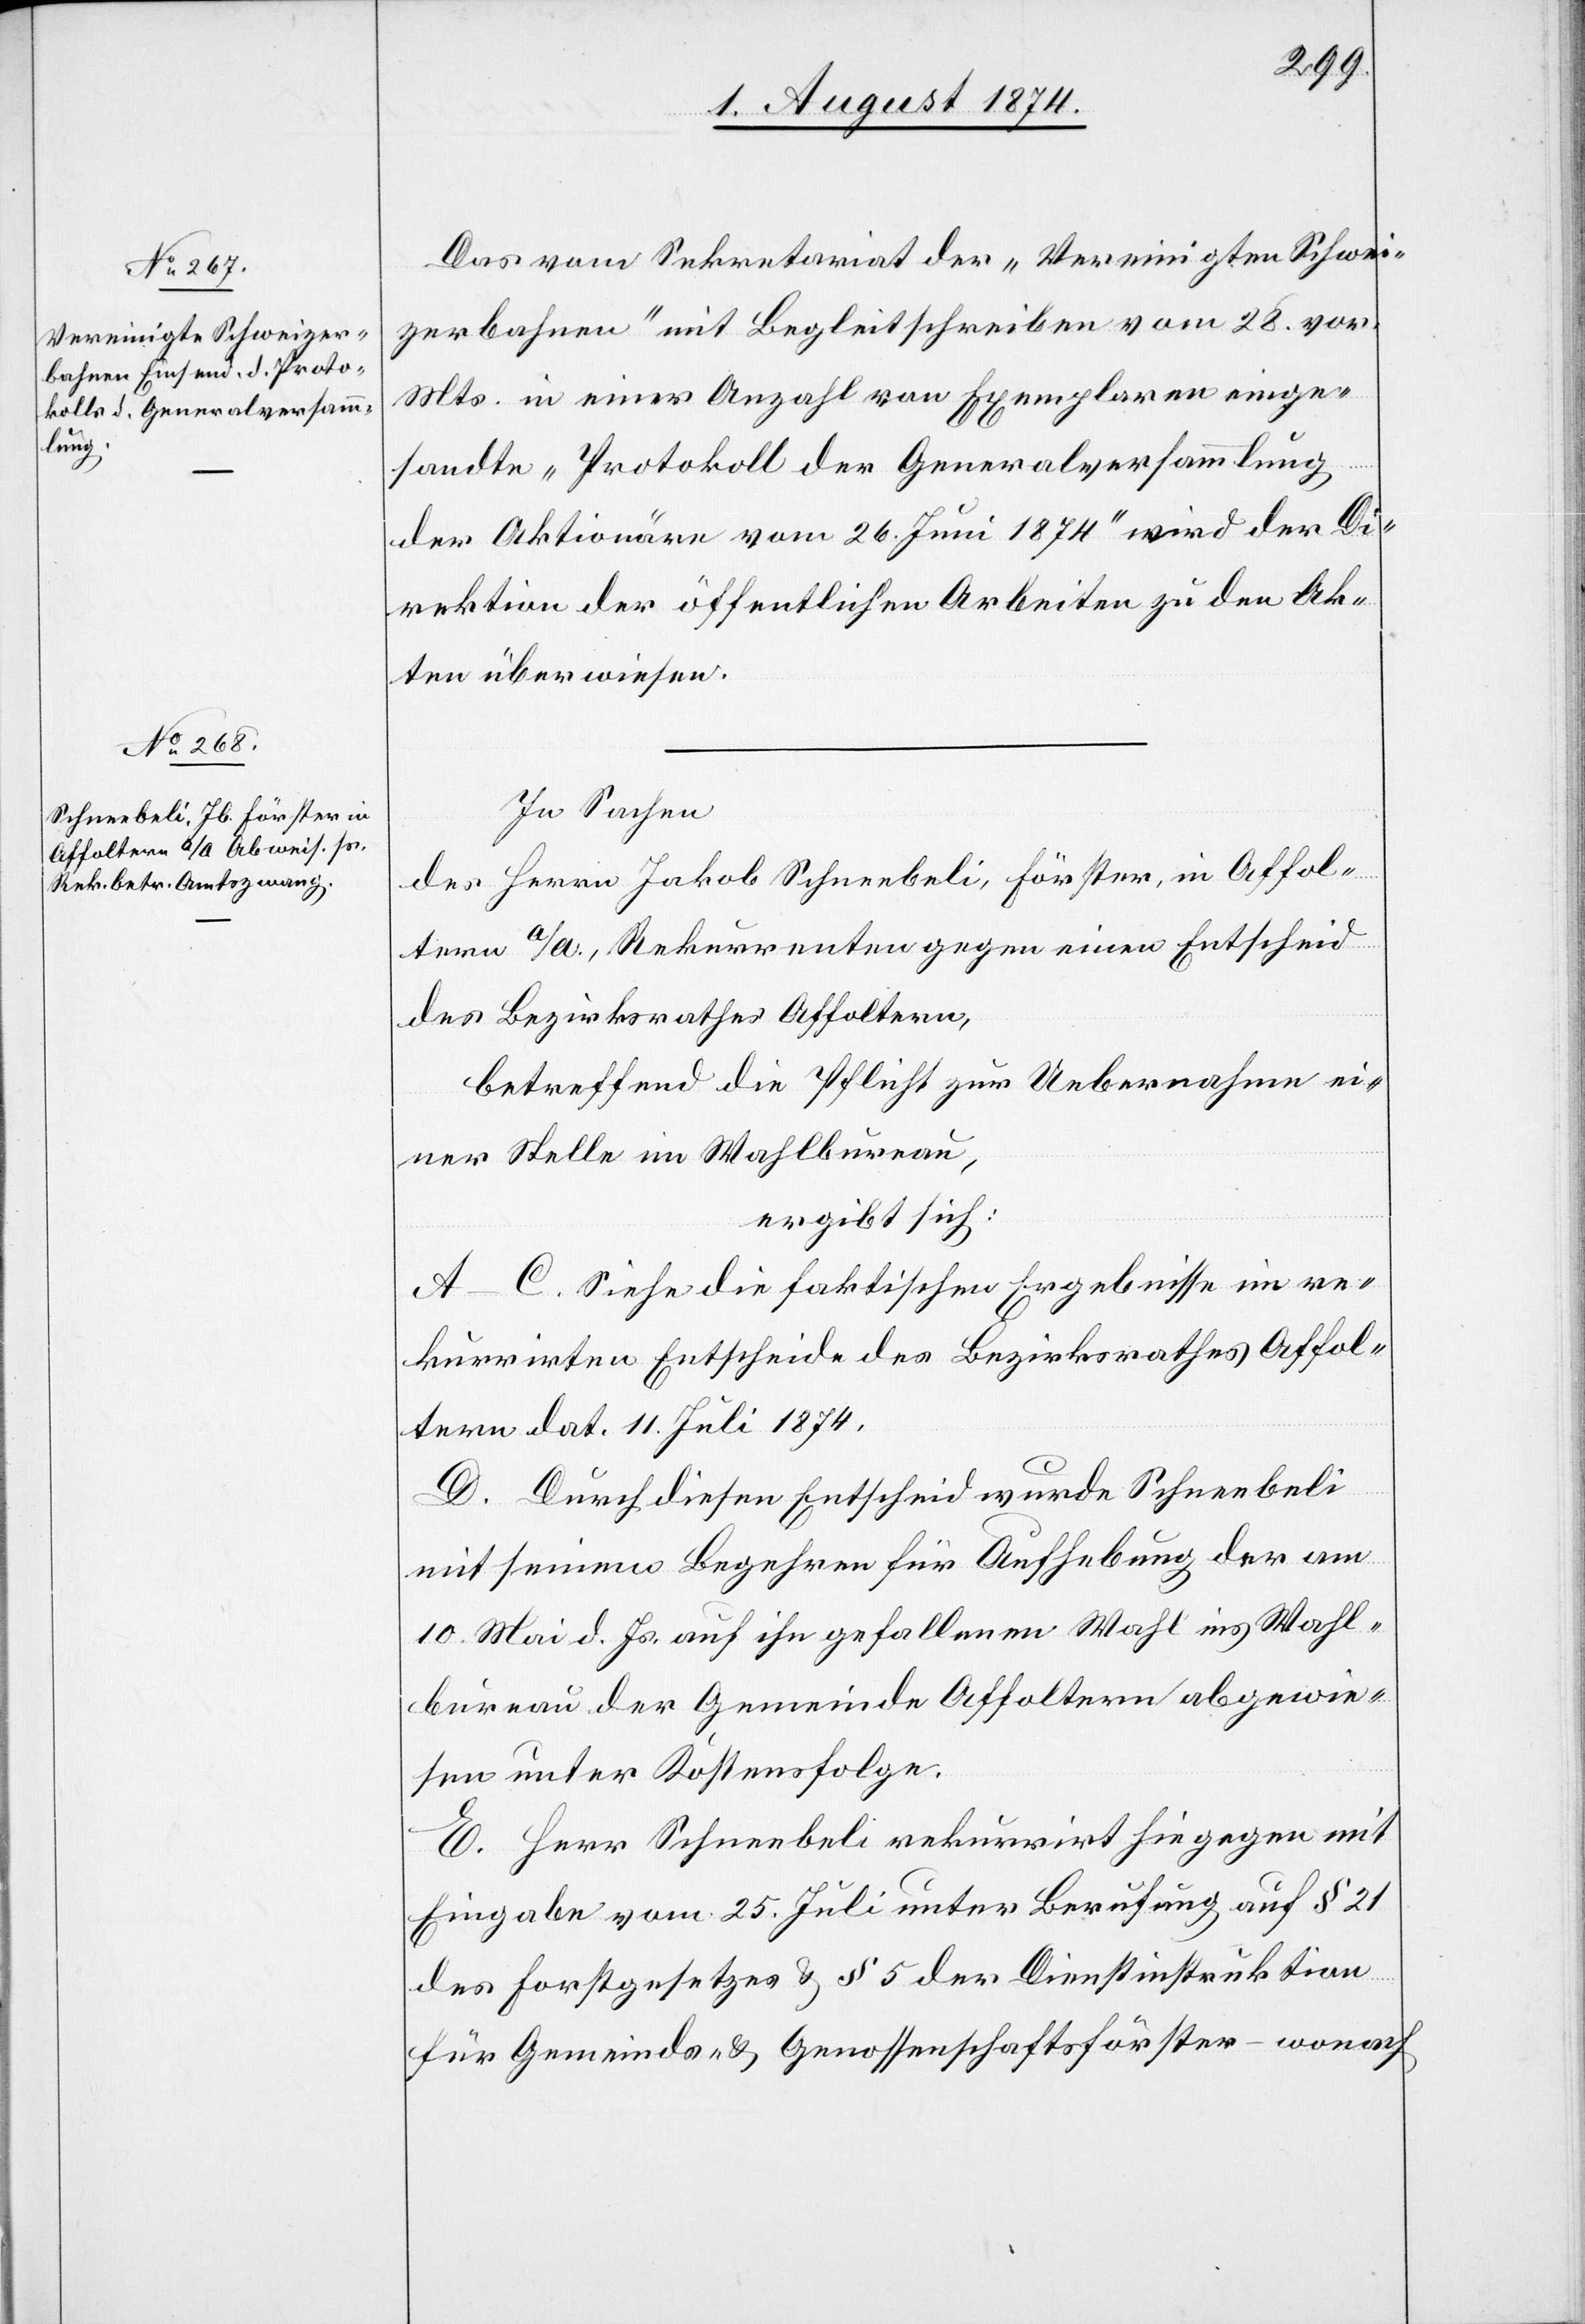
Das vom Sekretariat der „Vereinigten Schwei¬
zerbahnen“ mit Begleitschreiben vom 28. vor.
Mts. in einer Anzahl von Exemplaren einge¬
sandte „Protokoll der Generalversammlung
der Aktionäre vom 26. Juni 1874“ wird der Di¬
rektion der öffentlichen Arbeiten zu den Ak¬
ten überwiesen.
In Sachen
des Herrn Jakob Schneebeli, Förster, in Affol¬
tern a/A., Rekurrenten gegen einen Entscheid
des Bezirksrathes Affoltern,
betreffend die Pflicht zur Uebernahme ei¬
ner Stelle im Wahlbureau,
ergibt sich:
A.–C. Siehe die faktischen Ergebnisse im re¬
kurrirten Entscheide des Bezirksrathes Affol¬
tern dat. 11. Juli 1874.
D. Durch diesen Entscheid wurde Schneebeli
mit seinem Begehren für Anhebung der am
10. Mai d. Js. auf ihn gefallenen Wahl ins Wahl¬
bureau der Gemeinde Affoltern abgewie¬
sen unter Kostensfolge.
E. Herr Schneebeli rekurrirt hiegegen mit
Eingabe vom 25. Juli unter Berufung auf § 21
des Forstgesetzes u. § 5 der Dienstinstruktion
für Gemeinde u. Genossenschaftsförster – wonach